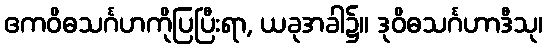
ဧကဝိဓသင်္ဂဟကိုပြပြီးရာ, ယခုအခါ၌။ ဒုဝိဓသင်္ဂဟာဒီသု၊